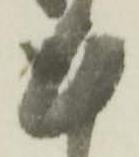
謹